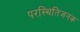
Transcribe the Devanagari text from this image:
परस्थितिजनक